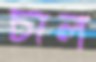
চাল